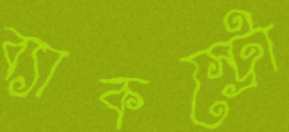
ব্যাকস্ট্রো